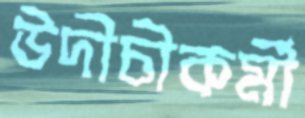
উদীচীকর্মী